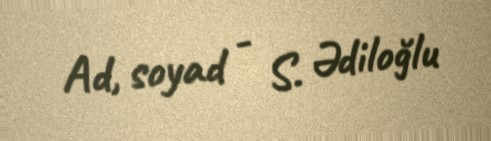
Ad, soyad - S. Ədiloğlu